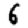
Digit: 6